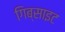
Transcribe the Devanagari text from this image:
गिब्साइट